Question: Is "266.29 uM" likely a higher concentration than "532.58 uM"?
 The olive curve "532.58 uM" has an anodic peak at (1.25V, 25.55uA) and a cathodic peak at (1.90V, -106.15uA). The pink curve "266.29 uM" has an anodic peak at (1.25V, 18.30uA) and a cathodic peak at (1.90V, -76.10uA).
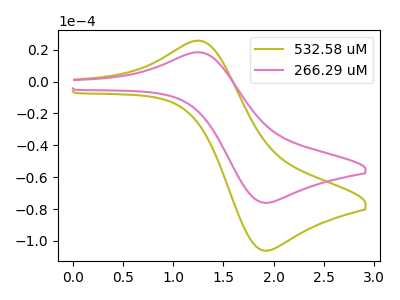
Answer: <think>All the peaks in "266.29 uM" have a peak in "532.58 uM" at the same potential. Every peak in "266.29 uM" is lower than every peak in "532.58 uM".
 </think>
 <answer>"266.29 uM" has less signal than "532.58 uM".</answer>
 <eval>less_signal</eval>